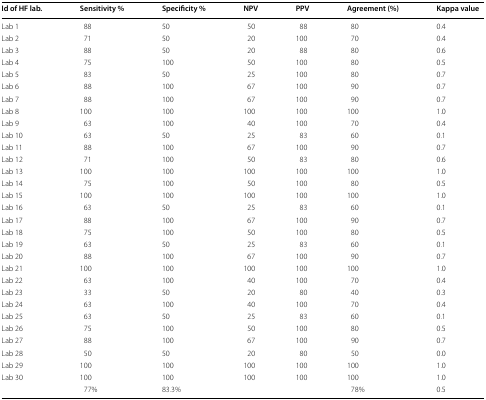
<table><thead><tr><td><b>Id of HF lab.</b></td><td><b>Sensitivity %</b></td><td><b>Specificity %</b></td><td><b>NPV</b></td><td><b>PPV</b></td><td><b>Agreement (%)</b></td><td><b>Kappa value</b></td></tr></thead><tbody><tr><td>Lab 1</td><td>88</td><td>50</td><td>50</td><td>88</td><td>80</td><td>0.4</td></tr><tr><td>Lab 2</td><td>71</td><td>50</td><td>20</td><td>100</td><td>70</td><td>0.4</td></tr><tr><td>Lab 3</td><td>88</td><td>50</td><td>20</td><td>88</td><td>80</td><td>0.6</td></tr><tr><td>Lab 4</td><td>75</td><td>100</td><td>50</td><td>100</td><td>80</td><td>0.5</td></tr><tr><td>Lab 5</td><td>83</td><td>50</td><td>25</td><td>100</td><td>80</td><td>0.7</td></tr><tr><td>Lab 6</td><td>88</td><td>100</td><td>67</td><td>100</td><td>90</td><td>0.7</td></tr><tr><td>Lab 7</td><td>88</td><td>100</td><td>67</td><td>100</td><td>90</td><td>0.7</td></tr><tr><td>Lab 8</td><td>100</td><td>100</td><td>100</td><td>100</td><td>100</td><td>1.0</td></tr><tr><td>Lab 9</td><td>63</td><td>100</td><td>40</td><td>100</td><td>70</td><td>0.4</td></tr><tr><td>Lab 10</td><td>63</td><td>50</td><td>25</td><td>83</td><td>60</td><td>0.1</td></tr><tr><td>Lab 11</td><td>88</td><td>100</td><td>67</td><td>100</td><td>90</td><td>0.7</td></tr><tr><td>Lab 12</td><td>71</td><td>100</td><td>50</td><td>83</td><td>80</td><td>0.6</td></tr><tr><td>Lab 13</td><td>100</td><td>100</td><td>100</td><td>100</td><td>100</td><td>1.0</td></tr><tr><td>Lab 14</td><td>75</td><td>100</td><td>50</td><td>100</td><td>80</td><td>0.5</td></tr><tr><td>Lab 15</td><td>100</td><td>100</td><td>100</td><td>100</td><td>100</td><td>1.0</td></tr><tr><td>Lab 16</td><td>63</td><td>50</td><td>25</td><td>83</td><td>60</td><td>0.1</td></tr><tr><td>Lab 17</td><td>88</td><td>100</td><td>67</td><td>100</td><td>90</td><td>0.7</td></tr><tr><td>Lab 18</td><td>75</td><td>100</td><td>50</td><td>100</td><td>80</td><td>0.5</td></tr><tr><td>Lab 19</td><td>63</td><td>50</td><td>25</td><td>83</td><td>60</td><td>0.1</td></tr><tr><td>Lab 20</td><td>88</td><td>100</td><td>67</td><td>100</td><td>90</td><td>0.7</td></tr><tr><td>Lab 21</td><td>100</td><td>100</td><td>100</td><td>100</td><td>100</td><td>1.0</td></tr><tr><td>Lab 22</td><td>63</td><td>100</td><td>40</td><td>100</td><td>70</td><td>0.4</td></tr><tr><td>Lab 23</td><td>33</td><td>50</td><td>20</td><td>80</td><td>40</td><td>0.3</td></tr><tr><td>Lab 24</td><td>63</td><td>100</td><td>40</td><td>100</td><td>70</td><td>0.4</td></tr><tr><td>Lab 25</td><td>63</td><td>50</td><td>25</td><td>83</td><td>60</td><td>0.1</td></tr><tr><td>Lab 26</td><td>75</td><td>100</td><td>50</td><td>100</td><td>80</td><td>0.5</td></tr><tr><td>Lab 27</td><td>88</td><td>100</td><td>67</td><td>100</td><td>90</td><td>0.7</td></tr><tr><td>Lab 28</td><td>50</td><td>50</td><td>20</td><td>80</td><td>50</td><td>0.0</td></tr><tr><td>Lab 29</td><td>100</td><td>100</td><td>100</td><td>100</td><td>100</td><td>1.0</td></tr><tr><td>Lab 30</td><td>100</td><td>100</td><td>100</td><td>100</td><td>100</td><td>1.0</td></tr><tr><td></td><td>77%</td><td>83.3%</td><td></td><td></td><td>78%</td><td>0.5</td></tr></tbody></table>